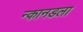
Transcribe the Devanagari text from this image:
न्कानडला